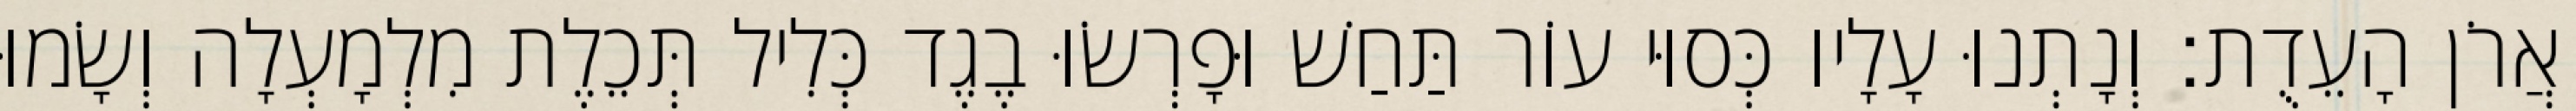
אֲרֹן הָעֵדֻת׃ וְנָתְנוּ עָלָיו כְּסוּי עוֹר תַּחַשׁ וּפָרְשׂוּ בֶגֶד כְּלִיל תְּכֵלֶת מִלְמָעְלָה וְשָׂמוּ